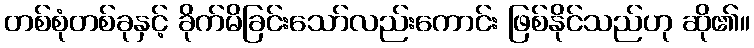
တစ်စုံတစ်ခုနှင့် ခိုက်မိခြင်းသော်လည်းကောင်း ဖြစ်နိုင်သည်ဟု ဆို၏။